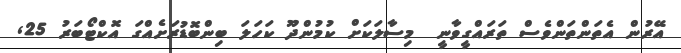
އޭރުން އެތަންތަންވެސް ތަރައްގީވާނީ  މިސާލަކަށް ކުމުންދޫ ކަހަލަ ބިންބޮޑުރަށެއްގަ އޮކްޓޯބަރު 25